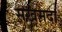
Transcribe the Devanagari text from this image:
सखमदा